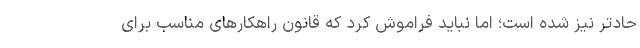
حادتر نیز شده است؛ اما نباید فراموش کرد که قانون راهکارهای مناسب برای